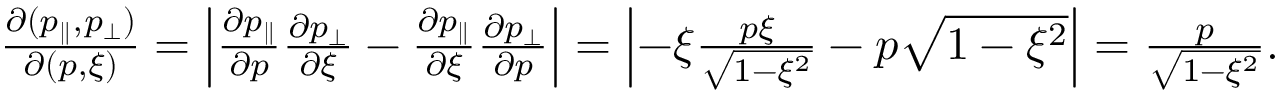
\begin{array} { r } { \frac { \partial ( p _ { \parallel } , p _ { \perp } ) } { \partial ( p , \xi ) } = \left| \frac { \partial p _ { \parallel } } { \partial p } \frac { \partial p _ { \perp } } { \partial \xi } - \frac { \partial p _ { \parallel } } { \partial \xi } \frac { \partial p _ { \perp } } { \partial p } \right| = \left| - \xi \frac { p \xi } { \sqrt { 1 - \xi ^ { 2 } } } - p \sqrt { 1 - \xi ^ { 2 } } \right| = \frac { p } { \sqrt { 1 - \xi ^ { 2 } } } . } \end{array}